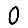
Digit: 0